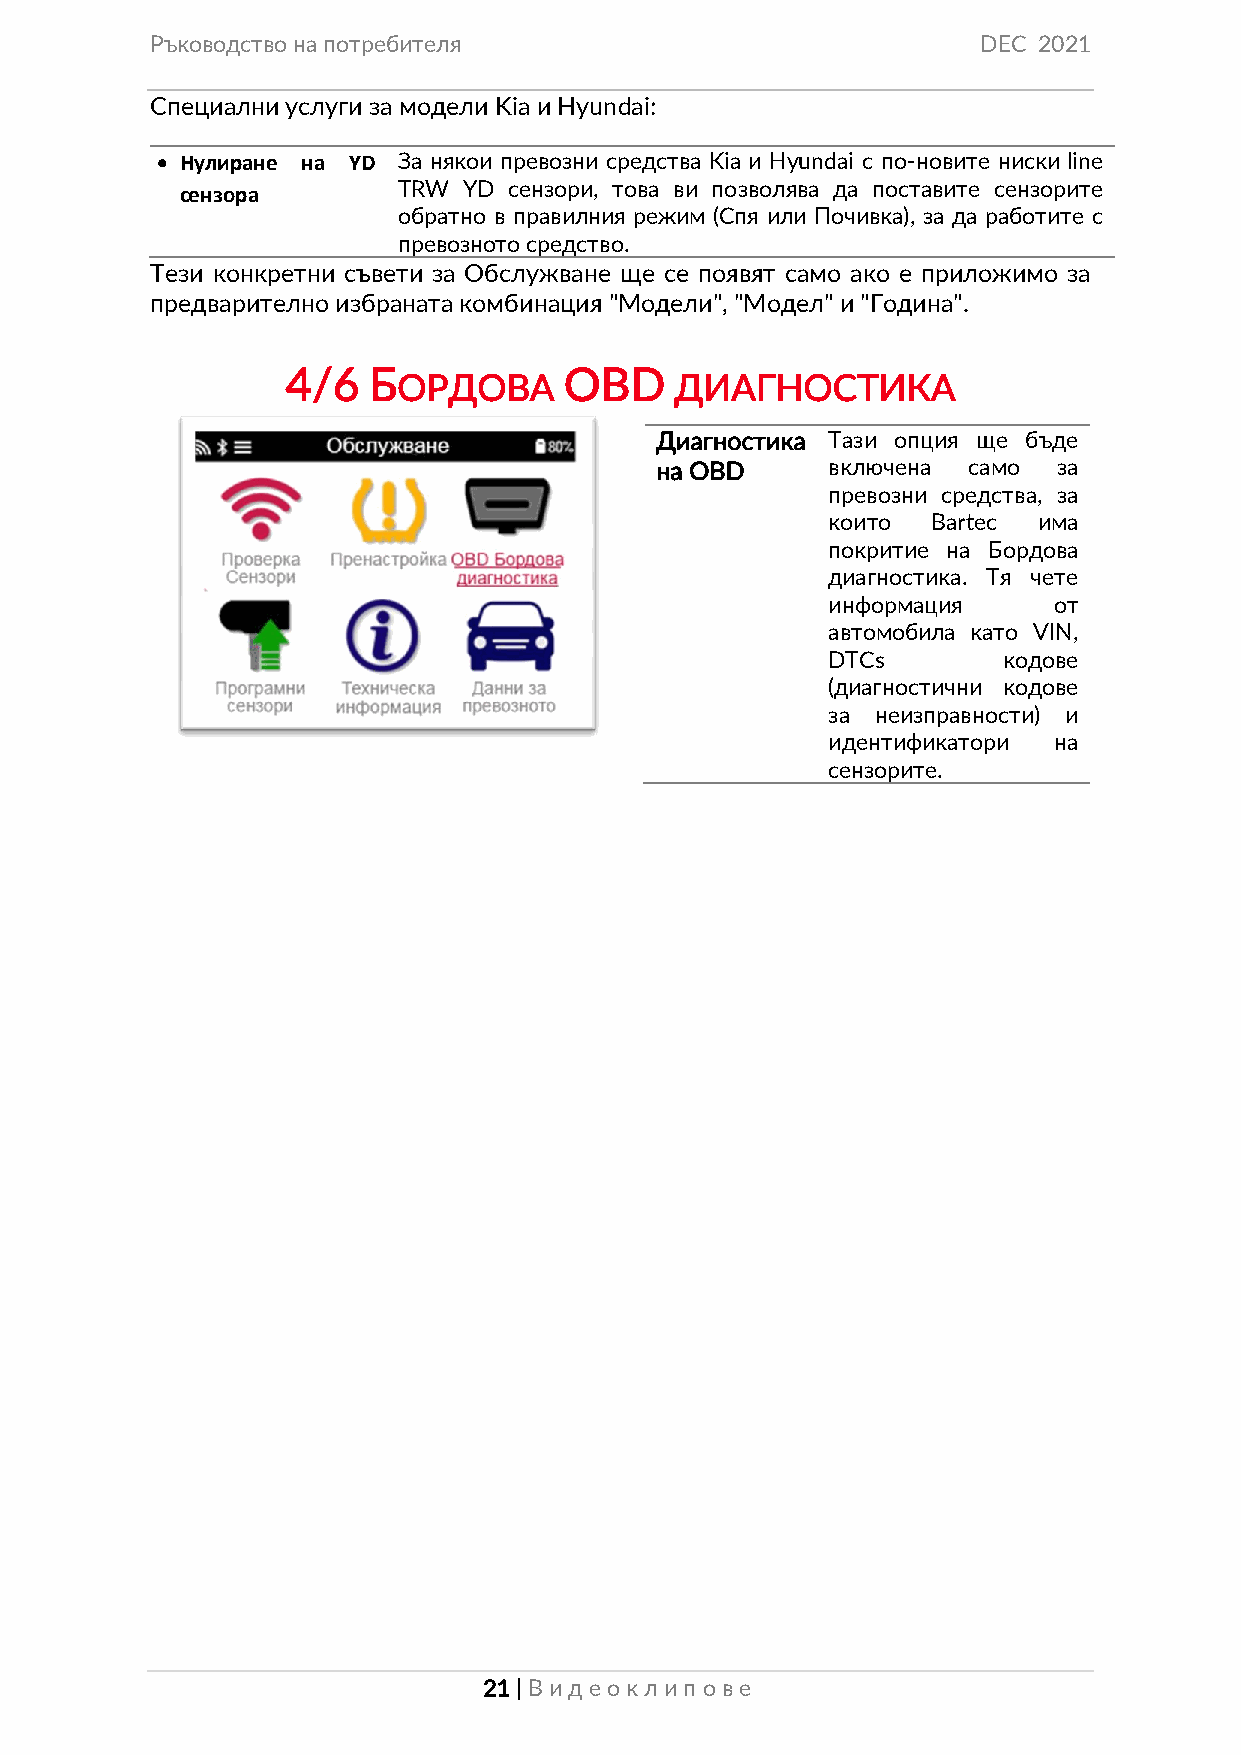
Ръководство на потребителя                             DEC 2021
 Специални услуги за модели Kia и Hyundai:
 • Нулиране на YD За някои превозни средства Kia и Hyundai с по-новите ниски line
 сензора
 TRW  YD сензори, това ви позволява да поставите сензорите
 обратно в правилния режим (Спя или Почивка), за да работите с
 превозното средство.
 Тези конкретни съвети за Обслужване ще се появят само ако е приложимо за
 предварително избраната комбинация "Модели", "Модел" и "Година".
 4/6  Б            OBD
 ОРДОВА             ДИАГНОСТИКА
 Диагностика Тази опция ще бъде
 на OBD      включена само  за
 превозни средства, за
 които  Bartec има
 покритие на Бордова
 диагностика. Тя чете
 информация     от
 автомобила като VIN,
 DTCs       кодове
 (диагностични кодове
 за неизправности) и
 идентификатори на
 сензорите.
 21 | Вид еок лип ове